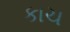
કાચ